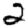
Digit: 2